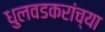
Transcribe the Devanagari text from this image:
धुलवडकरांच्या